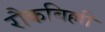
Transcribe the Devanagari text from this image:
रौकबिल्ली